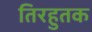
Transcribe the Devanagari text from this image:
तिरहुतक